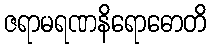
ဇရာမရဏနိရောဓောတိ